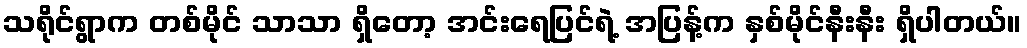
သရိုင်ရွာက တစ်မိုင် သာသာ ရှိတော့ အင်းရေပြင်ရဲ့ အပြန့်က နှစ်မိုင်နီးနီး ရှိပါတယ်။